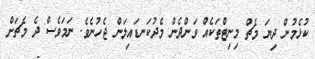
ކުޅެމުން ދިޔަ މެޗް މިނިޓްތަކެއް ވަންދެން މެދުކަނޑައިލަން ޖެހުނެވެ. ނަމަވެސް ދެ މެޗަށް